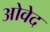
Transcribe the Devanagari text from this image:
ओवेद